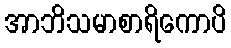
အာဘိသမာစာရိကောပိ